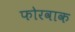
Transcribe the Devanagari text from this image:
फोरवाक